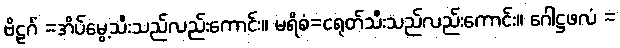
ဗိဠင်္ဂံ =အိပ်မွေ့သီးသည်လည်းကောင်း။ မရိစံ=ငရုတ်သီးသည်လည်းကောင်း။ ဂေါဋ္ဌဖလံ =